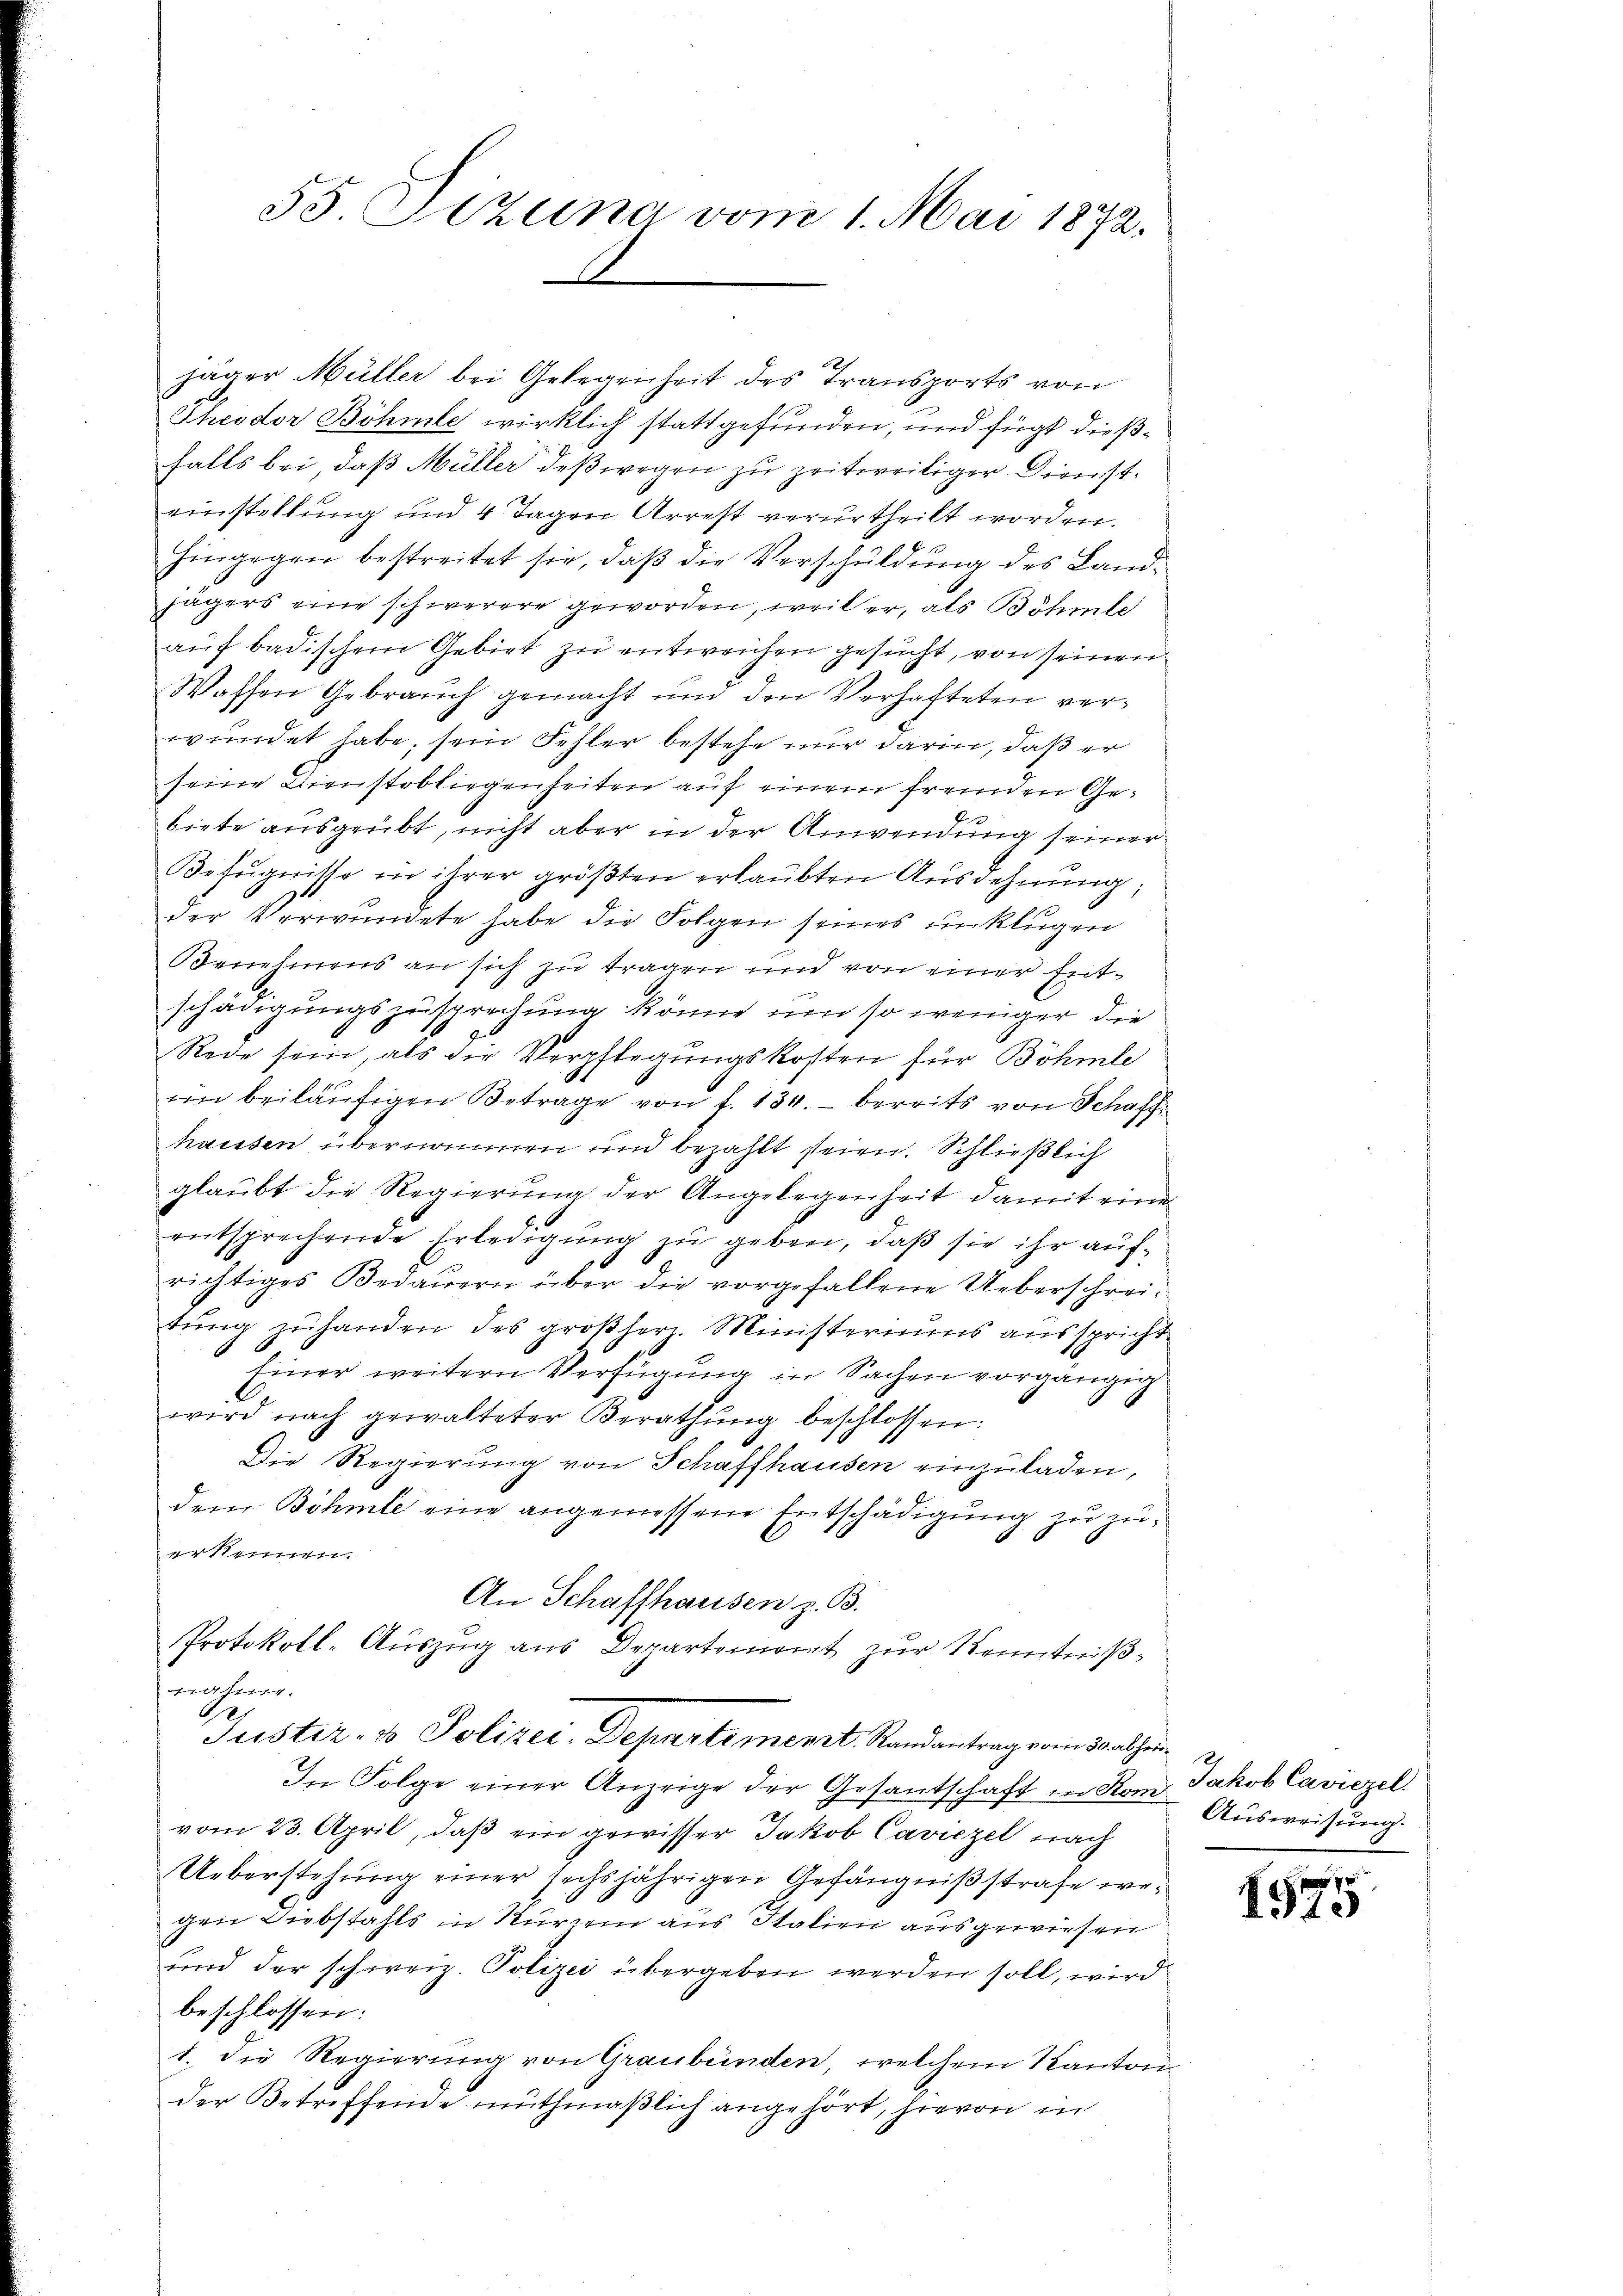
55 Szuna vom 1. Mai 1872.

jäger Müller bei Gelegenheit des Transports von
Theodor Böhmle wirklich stattgefunden, und fügt dießfalls bei, daß Müller deßwegen zu zeitweiliger Diensteinstellung und 4 Tagen Arrest verurtheilt worden.
hingegen bestreitet sie, daß die Verschuldung des Land¬
Jägers eine schwerere geworden, weil er, als Böhmte
aŭf badischem Gebiet zu entweichen gesucht, von seinen
Waffen Gebrauch gemacht und den Verhafteten verwundet habe, sein Fehler bestehe nur darin, daß er
seine Dienstobliegenheiten auf einem fremden Gebiete ausgeübt, nicht aber in der Anwendung seiner
Befugnisse in ihrer größten erlaubten Ausdehnung;
der Verwundete habe die Folgen seines unklugen
Benehmens an sich zu tragen und von einer Entschädigungszusprechung könne um so weniger die
Rede sein, als die Verpflegungskosten für Böhmle
im beiläufigen Betrage von f. 134. bereits von Schaff
hausen übernommen und bezahlt seien. Schließlich
glaubt die Regierung der Angelegenheit damit eine
entsprechende Erledigung zu geben, daß sie ihr aufrichtiges Bedauern über die vorgefallene Ueberschreitung zuhanden des großher Ministeriums ausspricht
Einer weitern Verfügung in Sachen vorgängig
wird nach gewalteter Berathŭng beschlossen:
Die Regierung von Schaffhausen einzuladen,
dem Böhmte eine angemessene Entschädigung zu zuerkennen.
An Schaffhausen z. B.
Protokoll-Auszug aus Departement zur Kenntnißnäher
e
Justiz- & Polizei-Departement. Randantrag vom 30 alten
In Folge einer Anzeige der Gesantschaft in Rom Jakob Caviezel.
vom 23. April, daß ein gewisser Jakob Caviezel nach
Ueberstehung einer sechsjährigen Gefängnißstrafe wegen Diebstahls in Kurien aus Italien ausgewiesen
und der schweiz. Polizei übergeben werden soll, wird
beschlossen:
1. die Regierung von Graubünden, welchem Kanton
der Betreffende muthmaßlich angehört, hievon in

Ausweisung.

1575